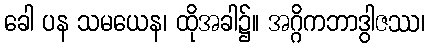
ခေါ ပန သမယေန၊ ထိုအခါ၌။ အဂ္ဂိကဘာဒွါဇဿ၊